Vaccination report Assam 1874-1896 - 1874-1896
Year: 1874
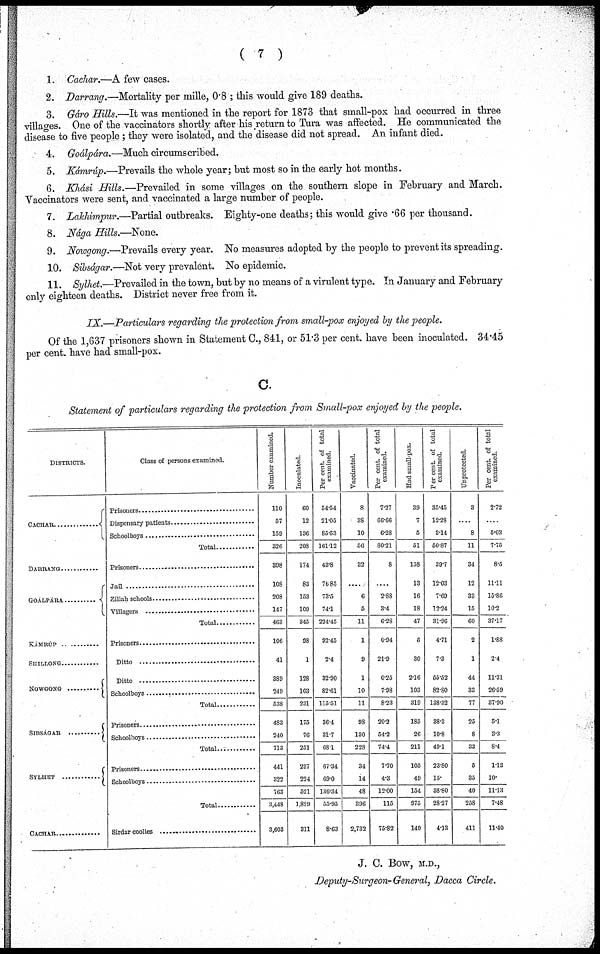
( 7 )
1. Cachar.—A few cases.
2. Darrang.—Mortality per mille, 0.8 ; this would give 189 deaths.
3. Gáro Hills.—It was mentioned in the report for 1873 that small-pox had occurred in three
villages. One of the vaccinators shortly after his return to Tura was affected. He communicated the
disease to five people ; they were isolated, and the disease did not spread. An infant died.
4. Goálpára.—Much circumscribed.
5. Kámrúp.—Prevails the whole year; but most so in the early hot months.
6. Khási Hills.—Prevailed in some villages on the southern slope in February and March.
Vaccinators were sent, and vaccinated a large number of people.
7. Lakhimpur.—Partial outbreaks. Eighty-one deaths; this would give .66 per thousand.
8. Nága Hills.—None.
9. Nowgong.—Prevails every year. No measures adopted by the people to prevent its spreading.
10. Sibságar.—Not very prevalent. No epidemic.
11. Sylhet.—Prevailed in the town, but by no means of a virulent type. In January and February
only eighteen deaths. District never free from it.
IX.—Particulars regarding the protection from small-pox enjoyed by the people.
Of the 1,637 prisoners shown in Statement C., 841, or 51.3 per cent. have been inoculated. 34.45
per cent. have had small-pox.
C.
Statement of particulars regarding the protection from Small-pox enjoyed by the people.
DISTRICTS.
CACHAR ....................
DARRANG ................
GOÁLPARA ................
KAMRUP ............
SHILLONG ................
NOWGONG ................
SIBSAGAR ............
SYLHET ............
CACHAR ....................
Class of persons examined.
Prisoners ....................
Dispensary patients ................
Schoolboys ....................
Total ................
Prisoners ....................
Jail ........................
Zillah schools ................
Villagers ....................
Total ................
Prisoners ....................
Ditto ........................
Ditto ........................
Schoolboys ....................
Total ....................
Prisoners ....................
Schoolboys ................
Total
Prisoners ....................
Schoolboys ................
Total ................
Sirdar coolies ................
Number examined.
110
57
159
326
398
108
208
147
463
106
41
389
249
538
483
240
713
441
322
763
3,448
3,603
Inoculated.
60
12
136
208
174
83
153
109
345
98
1
128
103
231
175
76
251
297
224
521
1,829
311
Per cent. of total
examined.
54.54
21.05
85.53
161.12
43.8
76.85
73.5
74.1
224.45
92.45
24
32.90
82.61
115.51
36.4
31.7
68.1
67.34
69.0
136.34
55.95
8.63
Vaccinated.
8
38
10
56
32
....
6
5
11
1
9
1
10
11
98
130
228
34
14
48
396
2,732
Per cent. of total
examined.
7.27
66.66
6.28
80.21
8
....
2.88
3.4
6.28
0.94
21.9
0.25
7.98
8.23
20.2
54.2
74.4
7.70
43
12.00
115
75.82
Had small-pox.
39
7
5
51
158
13
16
18
47
5
30
2.16
103
319
185
26
211
105
49
154
975
149
Per cent. of total
examined.
35.45
12.28
3.14
50.87
39.7
12.03
7.69
12.24
31.96
4.71
7.3
55.52
82.80
138.32
38.3
10.8
49.1
23.80
15.
38.80
28.27
4.13
Unprotected.
3
....
8
11
34
12
33
15
60
2
1
44
33
77
25
8
33
5
35
40
258
411
Per cent. of total
examined.
2.72
....
5.03
7.75
8.5
11.11
15.86
10.2
37.17
1.88
24
11.31
26.59
37.90
5.1
3.3
8.4
1.13
10.
11.13
7.48
11.40
J. C. Bow, M.D.,
Deputy-Surgeon-General, Dacca Circle.